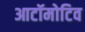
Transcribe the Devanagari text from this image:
आटॉमोटिव